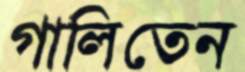
গালিতেন